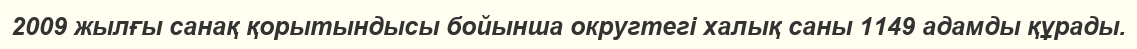
2009 жылғы санақ қорытындысы бойынша округтегі халық саны 1149 адамды құрады.